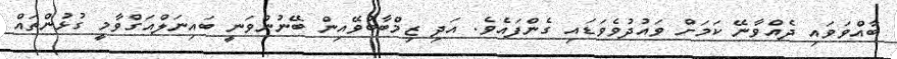
ބާއްވަވައި ދެއްވާނޭ ކަމަށް ވައުދުވެވަޑައި ގެންފައެވެ. އަދި ޒިމްބާބުވޭއިން ބޭނުންވަނީ ބައިނަލްއަގްވާމީ ގުޅުންތައް